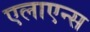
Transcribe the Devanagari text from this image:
एलाएन्स